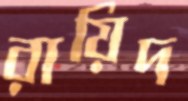
রায়িদ